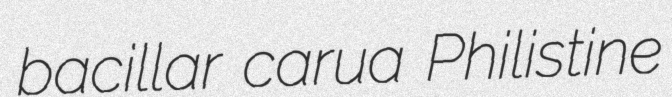
bacillar carua Philistine